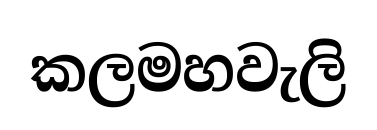
කලමහවැලි